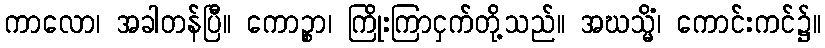
ကာလော၊ အခါတန်ပြီ။ ကောဉ္စာ၊ ကြိုးကြာငှက်တို့သည်။ အဃသ္မိံ၊ ကောင်းကင်၌။